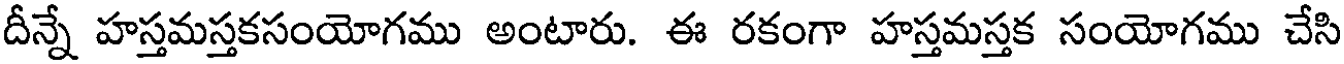
దీన్నే హస్తమస్తకసంయోగము అంటారు. ఈ రకంగా హస్తమస్తక సంయోగము చేసి